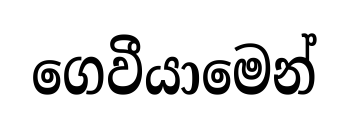
ගෙවීයාමෙන්